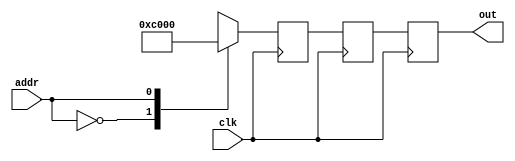
module D20_30914(addr, out, clk);
   input clk;
   output [15:0] out;
   reg [15:0] out, out2, out3;
   input [0:0] addr;
   always @(posedge clk) begin
      out2 <= out3;
      out <= out2;
   case(addr)
      0: out3 <= 16'h0;
      1: out3 <= 16'hc000;
      default: out3 <= 0;
   endcase
   end
endmodule